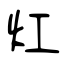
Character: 灴